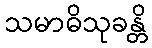
သမာဓိသုခန္တိ